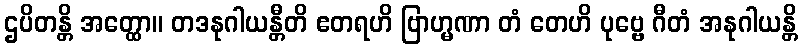
ဌပိတန္တိ အတ္ထော။ တဒနုဂါယန္တီတိ ဧတရဟိ ဗြာဟ္မဏာ တံ တေဟိ ပုဗ္ဗေ ဂီတံ အနုဂါယန္တိ